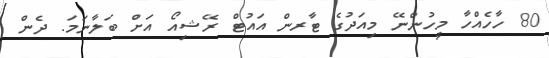
80 ހާހެއްހާ މީހުންނޭ މިއަދުގެ ޓާރން އައުޓް ރޭޝިއޯ އަށް ބަލާނަމަ. ދެން